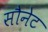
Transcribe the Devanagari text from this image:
सौनेट